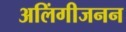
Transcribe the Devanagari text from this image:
अलिंगीजनन